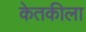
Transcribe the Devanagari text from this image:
केतकीला